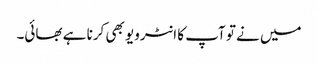
میں نے تو آپ کا انٹرویو بھی کرنا ہے بھائی۔